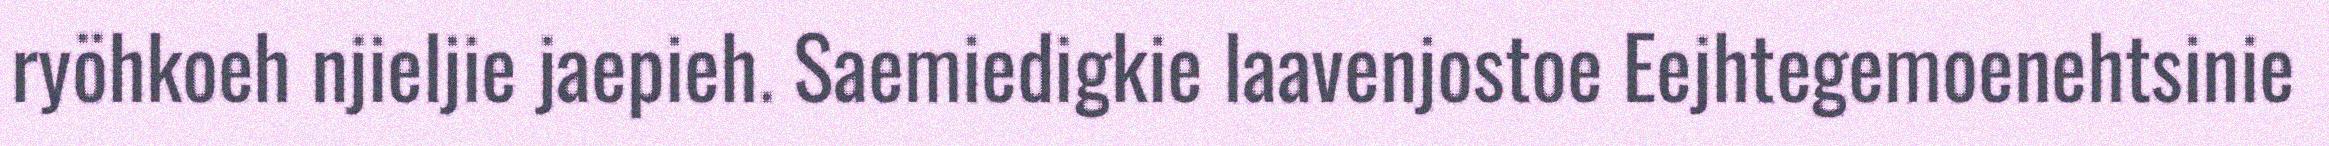
ryöhkoeh njieljie jaepieh. Saemiedigkie laavenjostoe Eejhtegemoenehtsinie